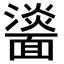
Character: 𩉀